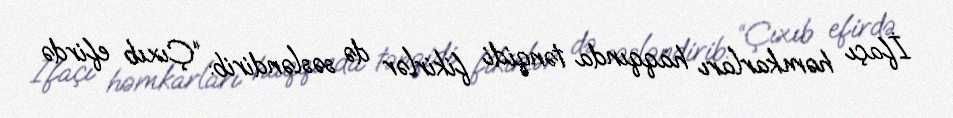
İfaçı həmkarları haqqında tənqidi fikirlər də səsləndirib: “Çıxıb efirdə